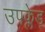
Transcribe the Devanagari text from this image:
उपक्लेड्